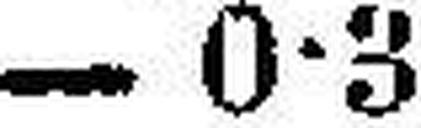
— 0•3